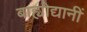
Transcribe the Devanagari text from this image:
बाह्योद्यानीं